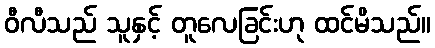
ဝီလီသည် သူနှင့် တူလေခြင်းဟု ထင်မိသည်။